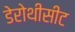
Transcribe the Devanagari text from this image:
डेरोथीसीट